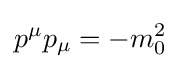
p^{\mu }p_{\mu }=-m_{0}^{2}